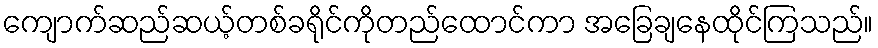
ကျောက်ဆည်ဆယ့်တစ်ခရိုင်ကိုတည်ထောင်ကာ အခြေချနေထိုင်ကြသည်။